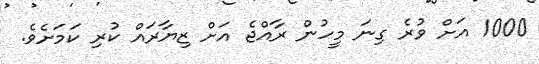
1000 އަށް ވުރެ ގިނަ މީހުން ރާއްޖެ އަށް ޒިޔާރައް ކުރި ކަމަށެވެ.